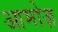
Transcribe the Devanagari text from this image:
आमोज़